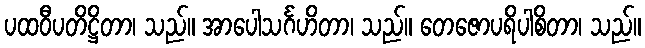
ပထဝီပတိဋ္ဌိတာ၊ သည်။ အာပေါသင်္ဂဟိတာ၊ သည်။ တေဇောပရိပါစိတာ၊ သည်။